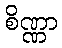
စိဏ္ဏာ